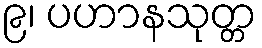
၉၊ ပဟာနသုတ္တ